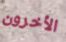
الأخرون